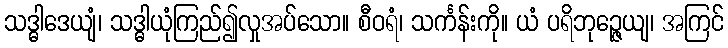
သဒ္ဓါဒေယျံ၊ သဒ္ဓါယုံကြည်၍လှုအပ်သော။ စီဝရံ၊ သင်္ကန်းကို။ ယံ ပရိဘုဉ္ဇေယျ၊ အကြင်